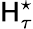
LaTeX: {\sf H}_{\tau}^{\star}